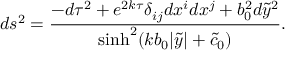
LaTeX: d s ^ { 2 } = \frac { - d \tau ^ { 2 } + e ^ { 2 k \tau } \delta _ { i j } d x ^ { i } d x ^ { j } + b _ { 0 } ^ { 2 } d { \tilde { y } } ^ { 2 } } { \sinh ^ { 2 } ( k b _ { 0 } | \tilde { y } | + \tilde { c } _ { 0 } ) } .